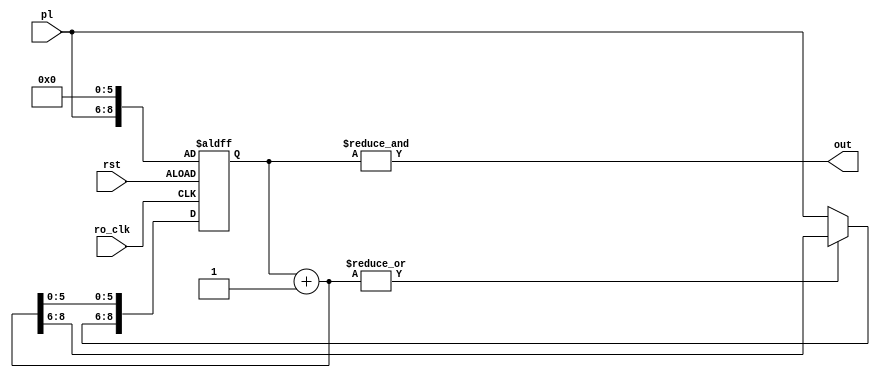
module FrequencySelector(ro_clk, rst, pl, out);
    input ro_clk, rst;
    input [2:0] pl;
    output out;
    reg [8:0] counter;
    assign out = &{counter[8:0]};
    always @(posedge ro_clk, posedge rst) begin
        if (rst)begin
            counter [5:0] = 6'b0000;
            counter [8:6] = pl;
        end
        else begin
            counter = counter + 1;
            if (~|{counter[8:0]})begin
                counter [8:6] = pl;
            end
        end
    end
endmodule